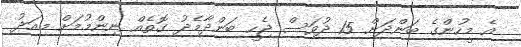
އެ މީހުންގެ ބަންދަށް 15 ދުވަސް ޖެހީ ބަންދާމެދު ގޮތެއް ނިންމުމަށް މިއަދު